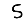
Digit: 5